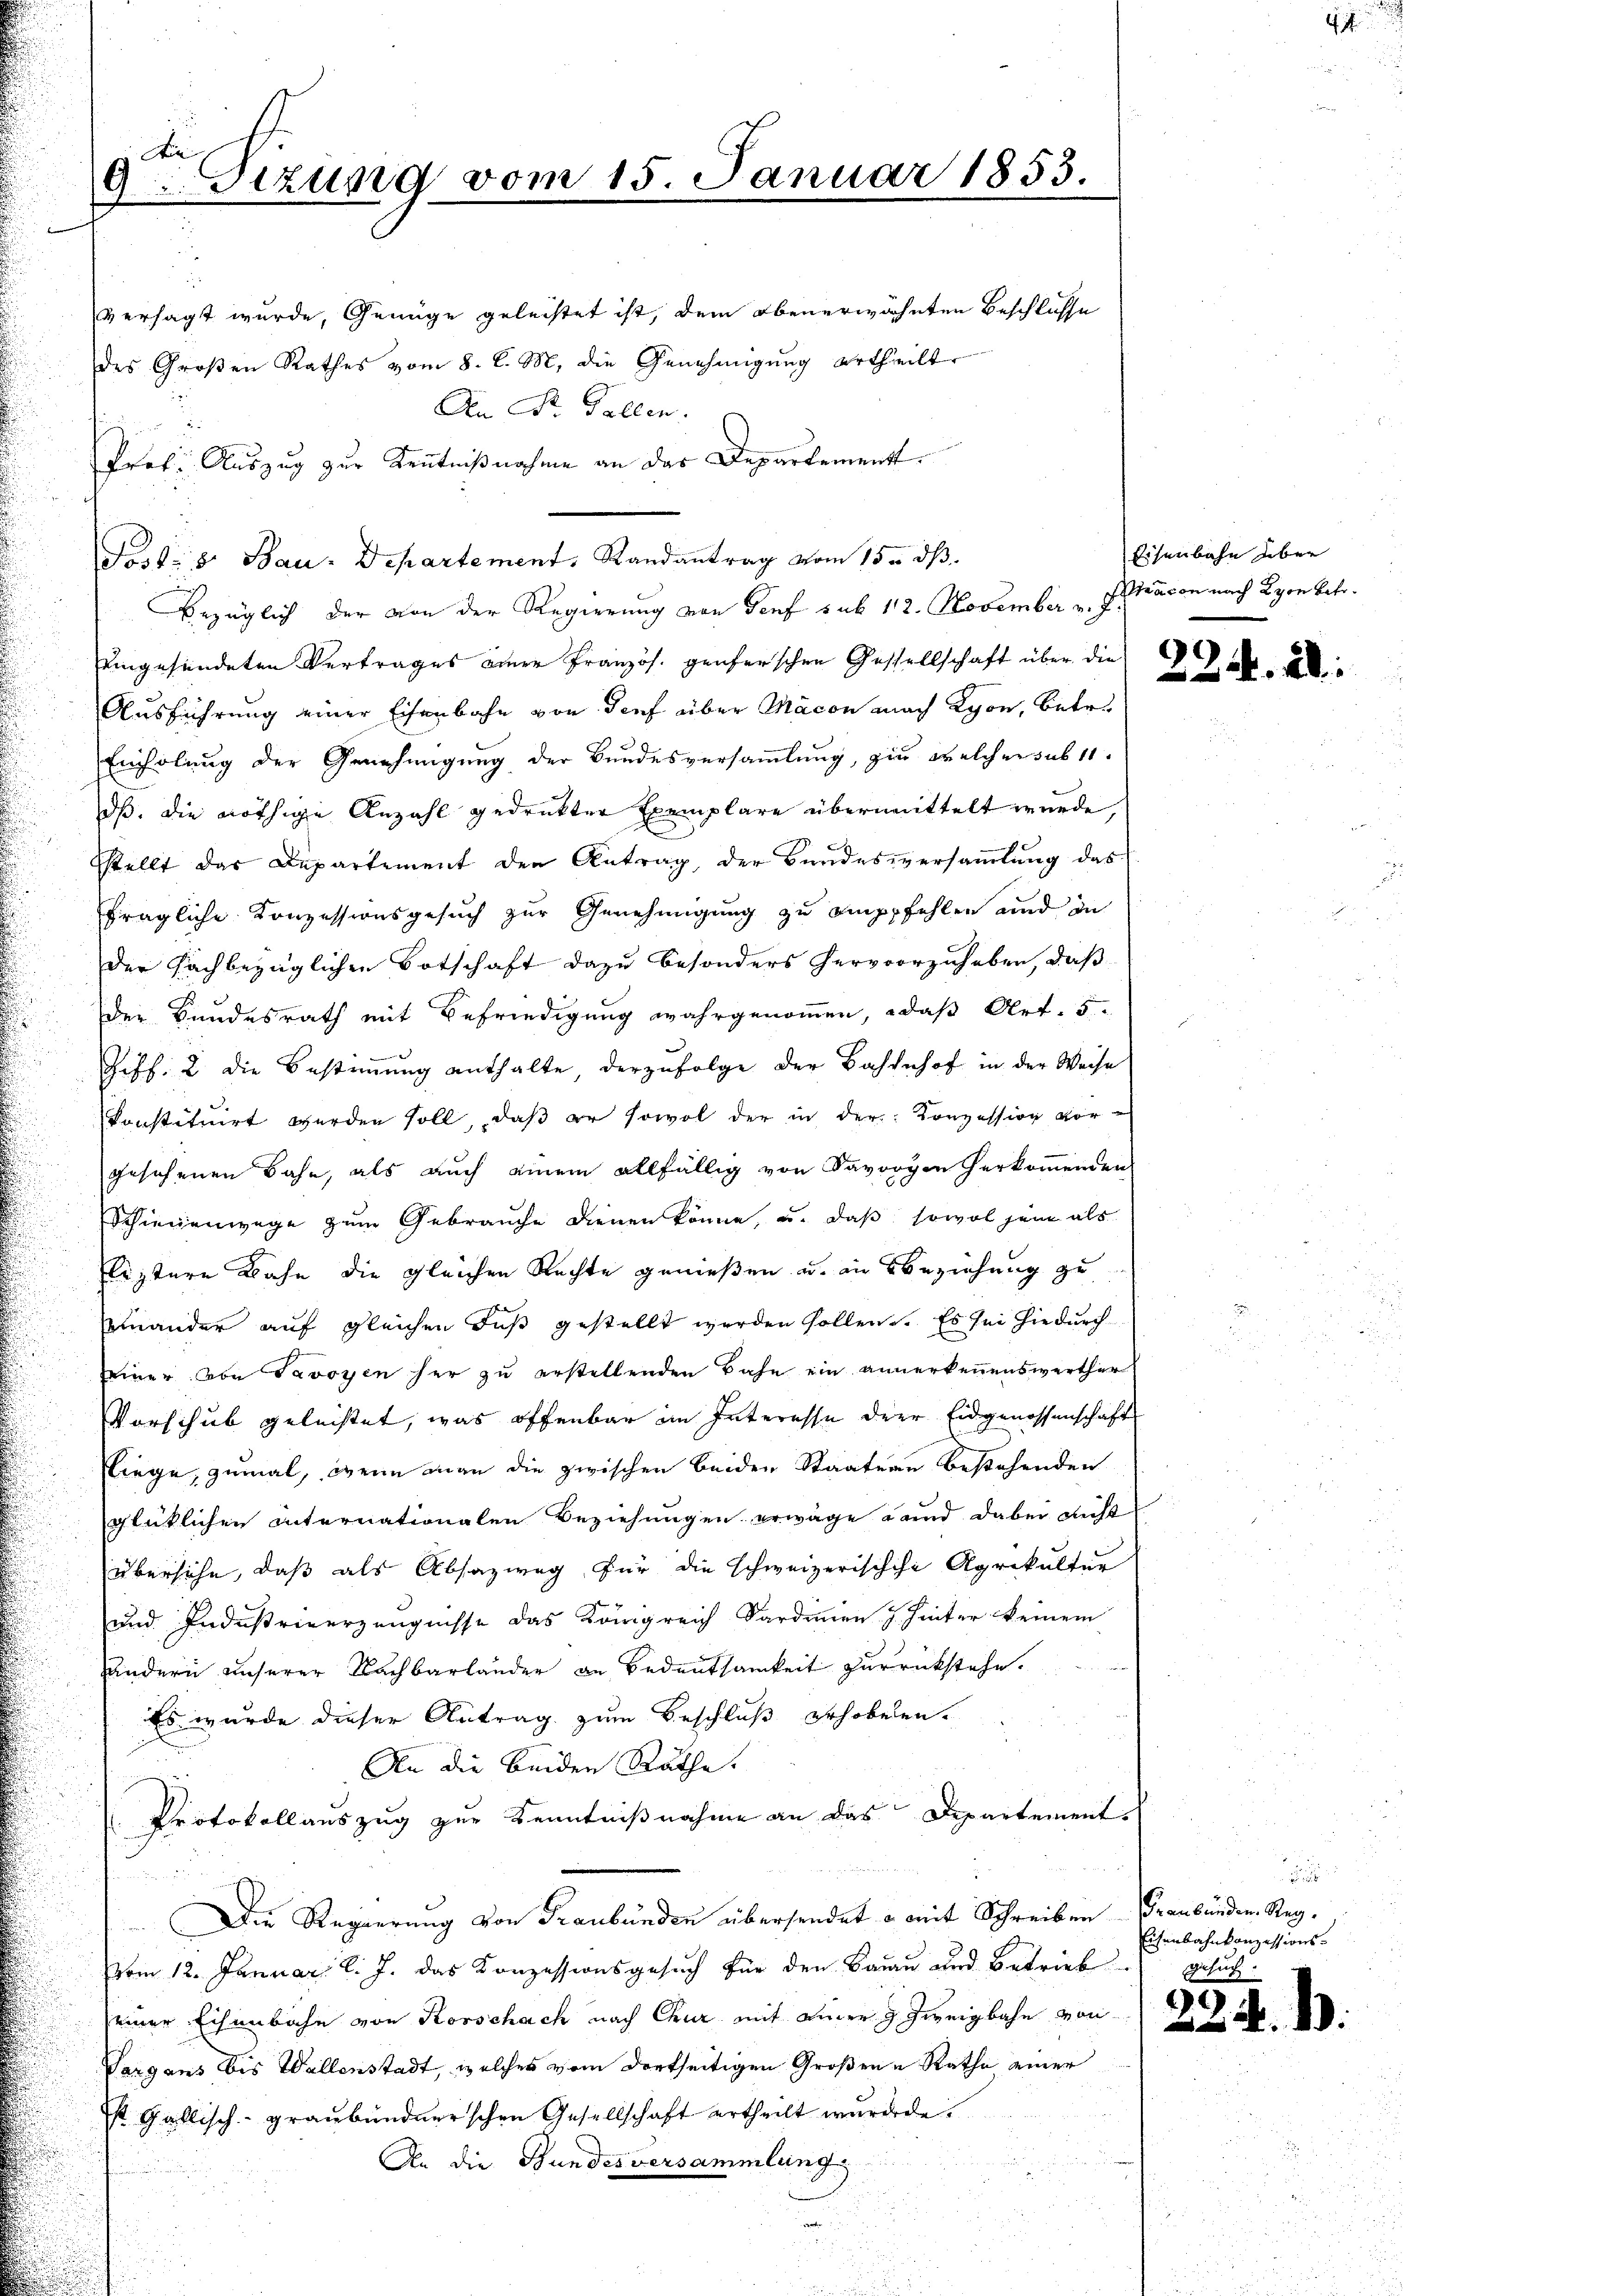
Ain
9Sizung vom 15. Januar 1853.

versagt wurde, Genüge geleistet ist, dem obenerwähnten Beschlusse
des Großen Rathes vom 8. d. M. die Genehmigung ertheilt
An Dr. Fallen.
Prof. Auszug zur Kenntnißnahme an das Departement.
bezüglich der von der Regierung von Genf sub 112. November v. J. Präcon nach Lyon betr.
eingesundeten Vertrages einer Französ. Genferschen Gesellschaft über die
Ausführung einer Eisenbahn von Tief über Macon nach Lyon, betr.
Einholung der Genehmigung der Bundesversammlung, zu welcher sub 11.
ds, die nöthige Anzahl gedruckter Exemplare übermittelt wurde,
Stellt das Departement den Antrag, der Bundesversammlung das
fragliche Konzessionsgesuch zur Genehmigung zu empfehlen und in
der sachbezüglichen Botschaft dazu besonders hervorzuheben, daß
Der Sandesrath mit Befriedigung wahrgenommen, daß Art. 5.
Ziff. 2 die Bestimmung enthalte derzufolge der Bahnhof in der Weise
konstituirt werden soll, daβ er sowol der in der Konzession vorgesehenen Bahn, als auch einem allfällig von Savorgen herkommenden
Schienenwege zum Gebrauche dienen könne, u. daß sowol sein als
listere Bahn die gleichen Rechte genießen u. in Beziehung zu
einander auf gleichen Fuß gestellt werden sollen. Es sei hiedurch
seiner abe Javoyen her zu erstellenden Bahn ein annerkennenswerther
Vorschub geleistet, was offenbar im Interesse der Eidgenossenschaft
liege, zumal, wenn man die zwischen beiden Staatern bestehenden
glüklichen Internationalen Beziehungen erwäge Land dabei nicht
übersiche, daß als Absazweg für die schweizerischche Agrikultur
und Industrinerzeugnisse das Königreich Sardinien. J. hinter keinem
andern unserer Nachbarländer an Bedeutsamkeit zurückstehe.
Es wurde dieser Antrag zum Beschluß erhobenen.
An die beiden Räthe.
Protokollauszug zur Kenntnißnahme an das Departement
Die Regierung von Graubünden übersendet & mit Schreiben Graubünden Regvom 12. Januar l. J. das Konzessionsgesuch für den Baur und Betrieb gesuch
einer Eisenbahn von Rorschach nach Chur mit einer Zweigbahn von
Vargaus bis Wallenstadt, welches vom dortseitigen Großene Rathe einer
ist. Gallisch graubündnerschen Gesellschaft ertheilt wurde de
An die Bundesversammlung

Fordes Bau-Departement, Randantrag vom 15. dβ

Eisenbahn über

224

2954.

.

:

4.

Eisenbahnkonzessions-

.